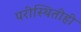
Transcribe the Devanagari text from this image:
परीस्थितीही